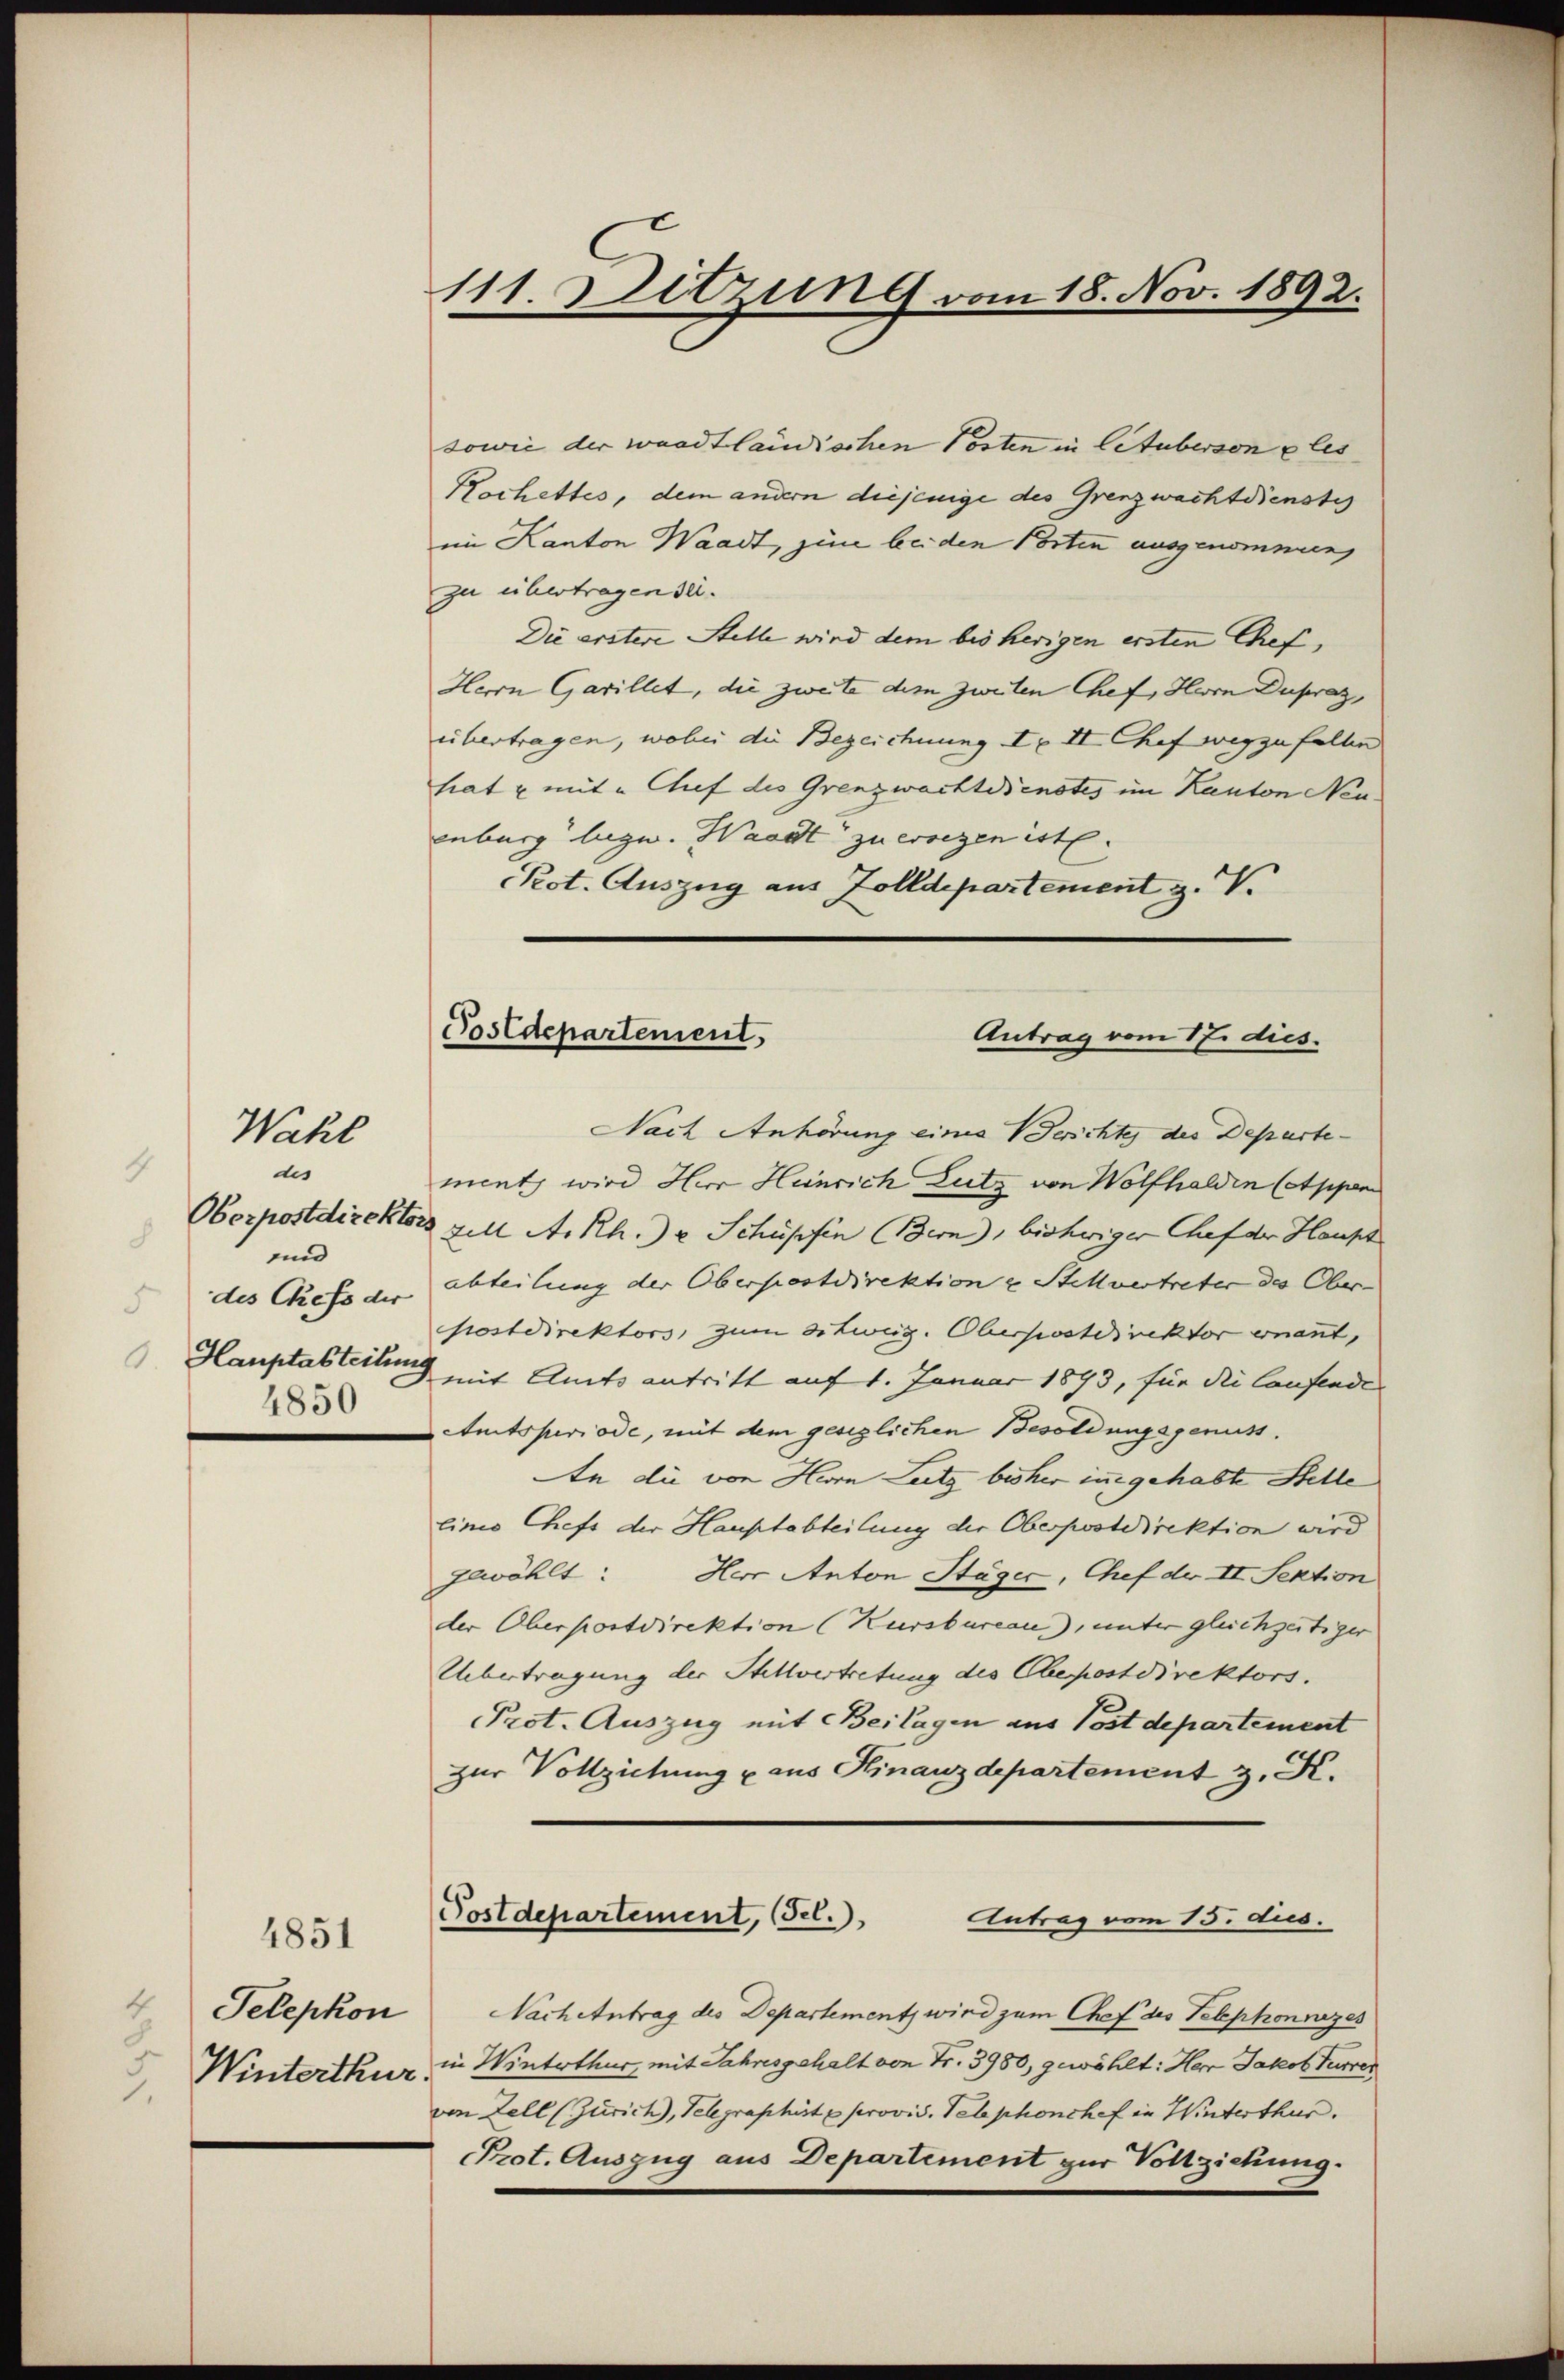
Wahl

4
des
Oberpostdirekto
8
und
des Gefs der
Hauptabteilun
4850

4851

4
Telephon
Winterthur
1.

sowie der waadtländischen Posten in lituberson u les
Kochettes, dem andern diejenige des Grenzwachtdienstes
im Kanton Waadt, zine bei den Porten ausgenommen,
zu übertragen sei.
Die erstere Stelle wird dem bis herigen ersten Chef,
Herrn Garillet, die zweite dem zweiten Chef, Herrn Dupraz,
übertragen, wobei die Bezeichnung III Chef wegzufallen
hat u. mit " Chef des Grenzwachteienstes im Kanton Neuenburg lage. Waadt zu ersezen ist.
Pot. Auszug aus Zolldepartement z. V.

111. Sitzung vom 18. Nov. 1892.

Postdepartement,
Antrag vom 17. dies

Nach Anhörung eines Berichte des Departe
ment wird Herr Heinrich Lutz von Wolfhalden (etppen
des will A. Rh. u. Schüpfen Bern, bisheriger Chef der Haupt
abteilung der Oberpostdirektion u Stellvertreter des Ober-
postdirektors, zum dizweig. Oberpostdirektor ernannt,
mit Amts antritt auf 1. Januar 1893, für die laufende
Amtsperiode, mit dem gesiglichen Besoldungsgenuss.
An die von Herrn Leitz bisher inne gehabte Stelle
linio Chefs der Hauptabteilung die Oberpostdirektion wird
gewählt: Herr Anton Stäger, Chef der II. Sektion
der Oberpostdirektion (Kursbureau), unter gleichzeitiger
Übertragung der Stellvertretung des Obepostdirektors.
Prot. Auszug mit Beilagen aus Postdepartement
zur Vollziehung u aus Finanzdepartement z. K.
Postdepartement, sel.
Antrag vom 13. Aus
Nachentrag des Departementz wird zum Chef des Telephonzes
in Winterthur, mit Jahresgehalt von Fr. 3980, gewählt: Herr Jakob Furrer
von Zell (Zürich, Telegraphirte provis. Telephonshof in Winterthur.
Prot. Auszug aus Departement zur Vollziehung.